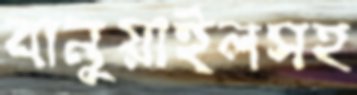
বানুয়াইলসহ